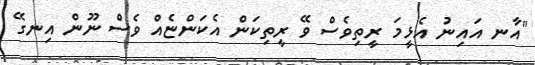
"އާނ އައިނު އެޅީމަ ރީތިވެސް ވޭ ރީތިކަން އެކަންޏެއް ވެސް ނޫން އިނގޭ